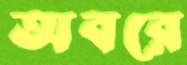
অবরে